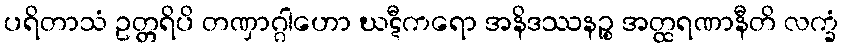
ပရိတာသံ ဥတ္တရိပိ တဏှာဂ္ဂါဟော ဃဋီကရော အနိဒဿနဉ္စ အတ္ထရဏာနီတိ လက္ခံ